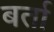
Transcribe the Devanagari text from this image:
बर्ता